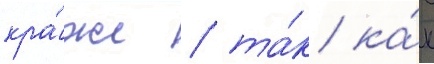
кра́же / та́к ка́к